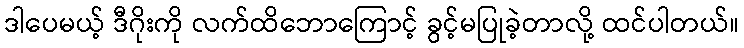
ဒါပေမယ့် ဒီဂိုးကို လက်ထိဘောကြောင့် ခွင့်မပြုခဲ့တာလို့ ထင်ပါတယ်။